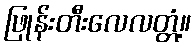
ဖြုန်းတီးလေလတ္တံ့။